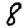
Digit: 8